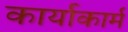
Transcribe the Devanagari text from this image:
कार्याकार्म